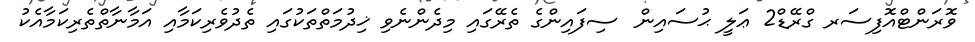
ވޮރަންޓްއޮފިސަރ ގްރޭޑް2 ޢަލީ ޙުސައިން  ސިފައިންގެ ތެރޭގައި މިދެންނެވި ޚިދުމަތްތަކުގައި ތެދުވެރިކަމާއި އަމާނާތްތެރިކަމާއެކު